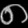
Digit: ၈